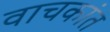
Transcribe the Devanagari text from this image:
वाचकांत